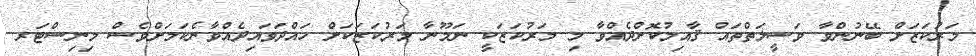
މަރުކަޒަށް ބޭނުންވާ ވަސީލަތްތައް ޤާއިމުކޮށްދެއްވާ މި މަރުކަޒަކީ ނަމޫނާ މަރުކަޒަކަށް ހައްދަވައިދެއްވާނެކަމަށްވެސް މިނިސްޓަރ